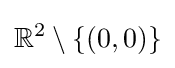
\mathbb {R} ^{2}\setminus \{(0,0)\}